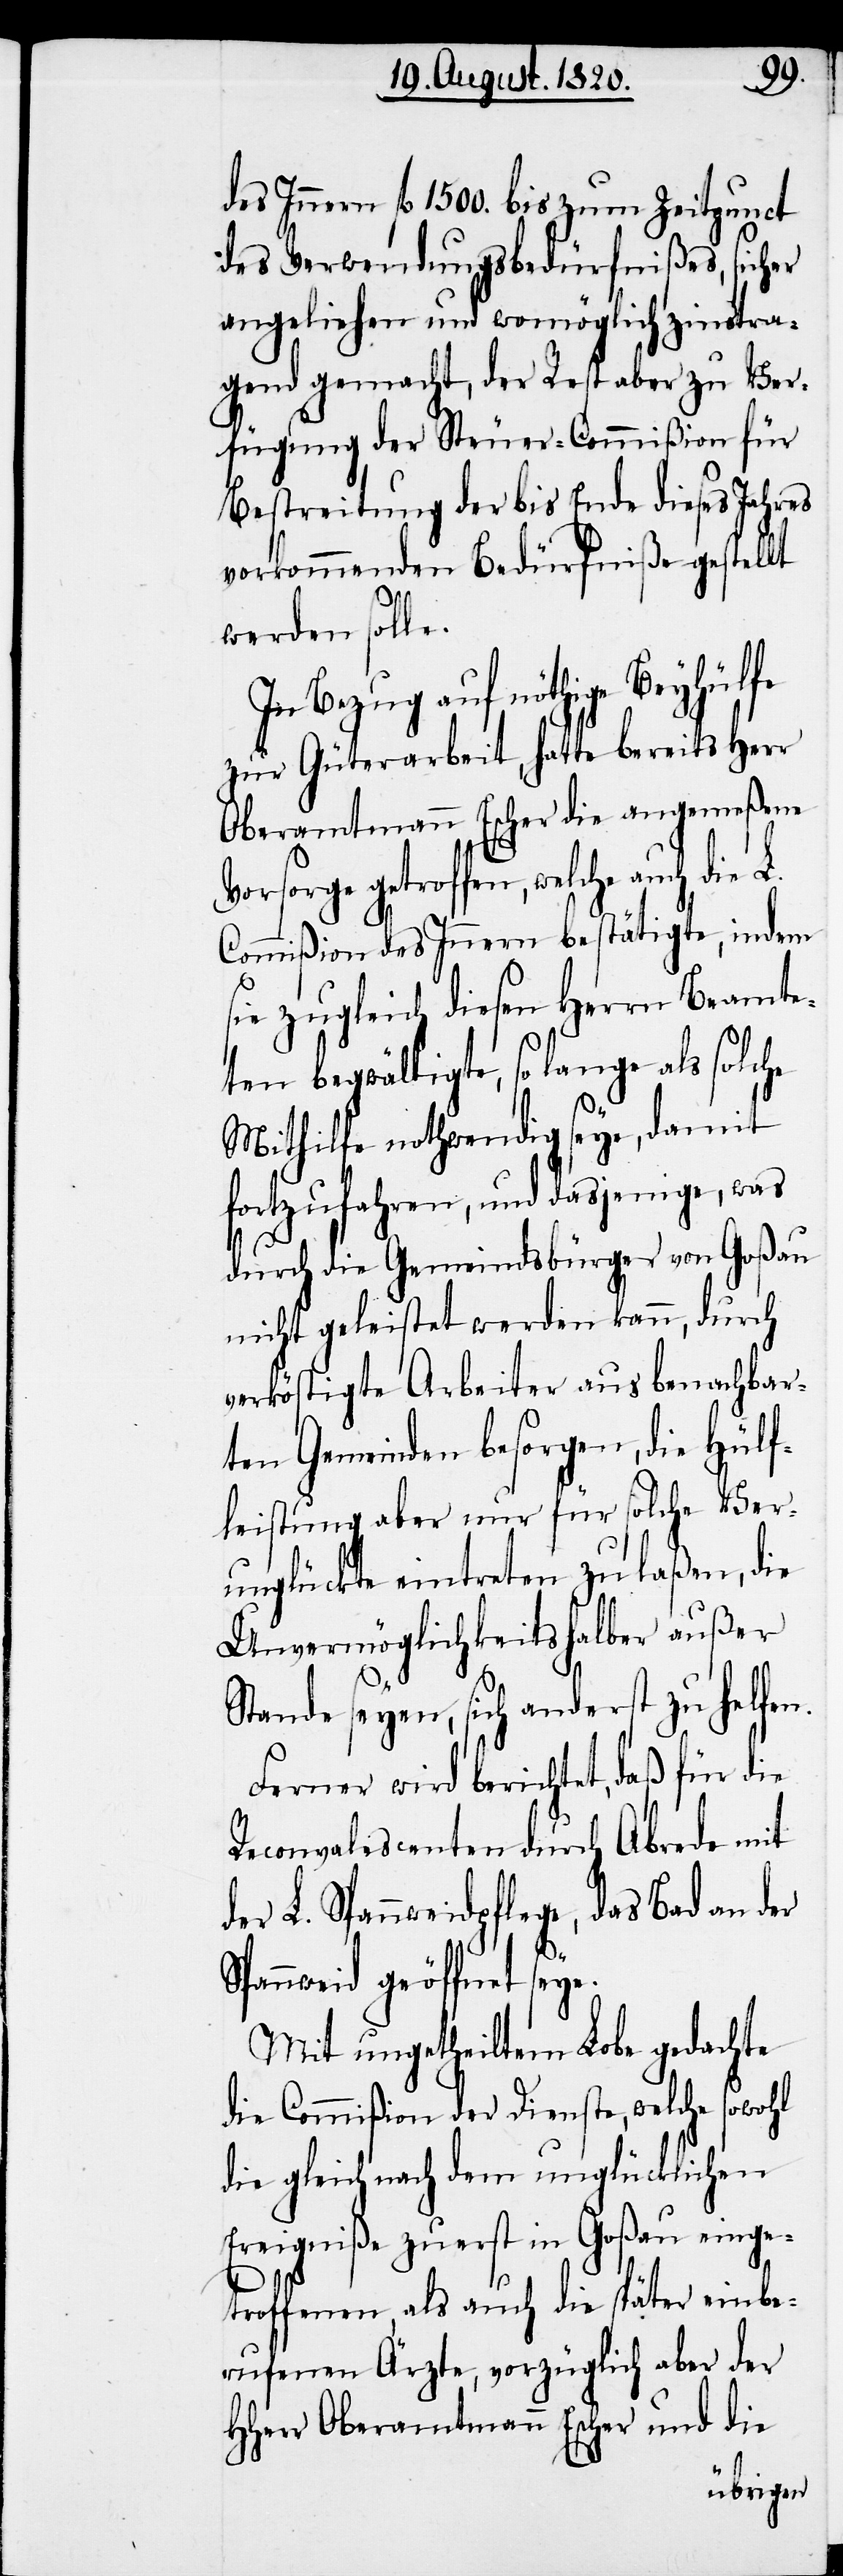
des Innern fl 1500. bis zum Zeitpunct
des Verwendungsbedürfnißes, sicher
angeliehen und womöglich zinstra¬
gend gemacht, der Rest aber zu Ver¬
fügung der Steuer-Commißion für
Bestreitung der bis Ende dieses Jahres
vorkommenden Bedürfniße gestellt
V¬
werden solle.
In Bezug auf nöthige Beyhülfe
zur Güterarbeit, hatte bereits Herr
Oberamtmann Escher die angemeßene
orsorge getroffen, welche auch die
Commißion des Innern bestätigte, indem
sie zugleich diesen Herrn Beamte¬
ten bewältigte, so lange als solche
Mithilfe nothwendig sey, damit
fortzufahren, und dasjenige, was
durch die Gemeindsbürger von Goßau
nicht geleistet werden kann, durch
verköstigte Arbeiter aus benachbar¬
ten Gemeinden besorgen, die Hülf¬
leistung aber nur für solche Ver¬
unglückte eintreten zu laßen, die
Unvermöglichkeitshalber außer
Stande seyen, sich anderst zu helfen.
Ferner wird berichtet, daß für die
Reconvalescenten durch Abrede mit
der L. Spannweidpflege, das Bad
der
Spannweid geöffnet seye.
Mit ungetheiltem Lobe gedachte
die Commißion der Dienste, welche sowohl
die gleich nach dem unglücklichen
Ereigniße zuerst in Goßau einge¬
troffenen, als auch die später einbe¬
rufenen Ärzte, vorzüglich aber der
HHerr Oberamtmann Escher und die